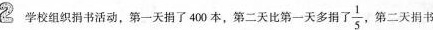
2 学校组织书活动，第一天捐了400本，第二天比第一天多得了\frac{1}{5}第二天捐书